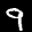
Label: 9